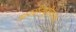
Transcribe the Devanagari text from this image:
आक्सीन्यूनीकरण